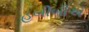
હબીબીએ